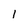
Character: 1